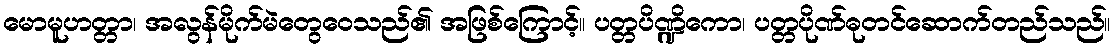
မောမူဟတ္တာ၊ အလွန်မိုက်မဲတွေဝေသည်၏ အဖြစ်ကြောင့်။ ပတ္တပိဏ္ဍိကော၊ ပတ္တပိုဏ်ဓုတင်ဆောက်တည်သည်။